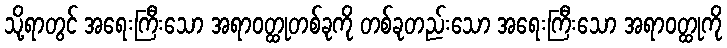
သို့ရာတွင် အရေးကြီးသော အရာဝတ္ထုတစ်ခုကို တစ်ခုတည်းသော အရေးကြီးသော အရာဝတ္ထုကို